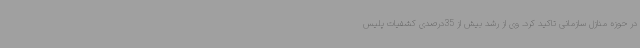
در حوزه منازل سازمانی تاکید کرد. وی از رشد بیش از 35درصدی کشفیات پلیس